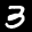
Label: 3